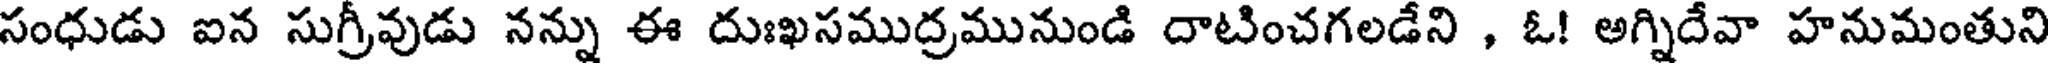
సంధుడు ఐన సుగ్రీవుడు నన్ను ఈ దుఃఖసముద్రమునుండి దాటించగలడేని , ఓ! అగ్నిదేవా హనుమంతుని